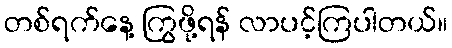
တစ်ရက်နေ့ ကြွဖို့ရန် လာပင့်ကြပါတယ်။